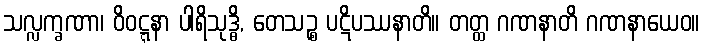
သလ္လက္ခဏာ၊ ဝိဝဋ္ဋနာ ပါရိသုဒ္ဓိ, တေသဉ္စ ပဋိပဿနာတိ။ တတ္ထ ဂဏနာတိ ဂဏနာယေဝ။